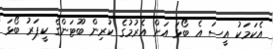
އެކަމަކު އީސަ އެ ބޯޅަ އަށް އެރުމުގެ ކުރިން ބޫޓަންގެ ކީޕަރު ބޯޅަ